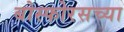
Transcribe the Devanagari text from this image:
बोस्फोरसच्या